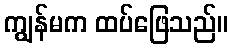
ကျွန်မက ထပ်ဖြေသည်။